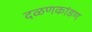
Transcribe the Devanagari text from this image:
दळणकांडण